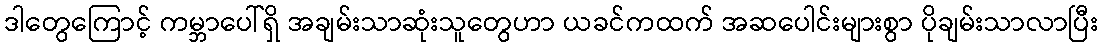
ဒါတွေကြောင့် ကမ္ဘာပေါ်ရှိ အချမ်းသာဆုံးသူတွေဟာ ယခင်ကထက် အဆပေါင်းများစွာ ပိုချမ်းသာလာပြီး